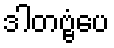
ဒါတဗ္ဗံပေ